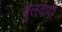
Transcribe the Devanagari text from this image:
बुलवायी